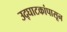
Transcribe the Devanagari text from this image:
उद्‌घाटकांपासून